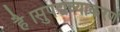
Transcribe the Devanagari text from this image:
है।सुपद्मव्याकरण